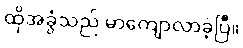
ထိုအခွံသည် မာကျောလာခဲ့ပြီ။